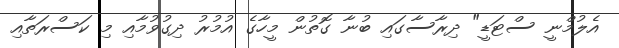
އެލުމްނީ ސްޓަޑީ" ދިރާސާގައި ބުނާ ގޮތުން މީހާގެ އުމުރު ދިގުވުމާއި މި ކަސްރަތާއި